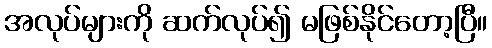
အလုပ်များကို ဆက်လုပ်၍ မဖြစ်နိုင်တော့ပြီ။